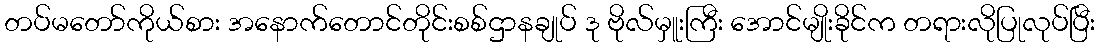
တပ်မတော်ကိုယ်စား အနောက်တောင်တိုင်းစစ်ဌာနချုပ် ဒု ဗိုလ်မှူးကြီး အောင်မျိုးခိုင်က တရားလိုပြုလုပ်ပြီး